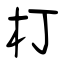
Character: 朾